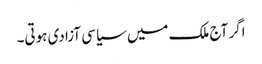
اگر آج ملک میں سیاسی آزادی ہوتی۔